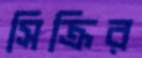
সিক্রির